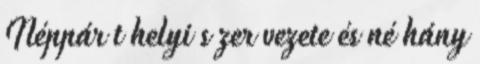
Néppár t helyi s zer vezete és né hány